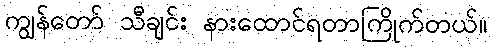
ကျွန်တော် သီချင်း နားထောင်ရတာကြိုက်တယ်။